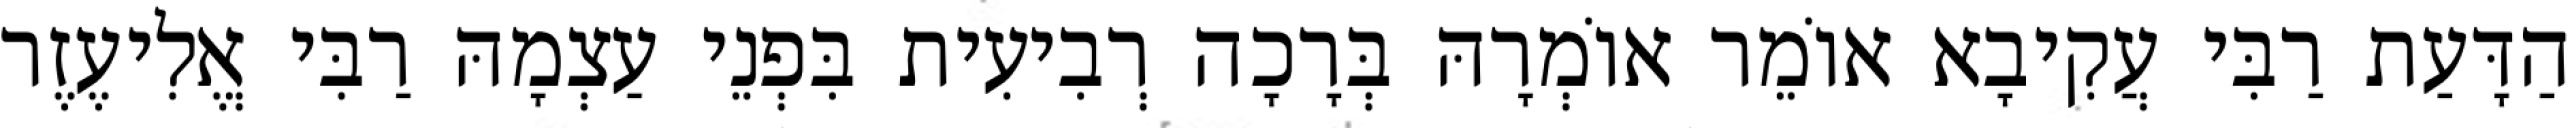
הַדָּעַת רַבִּי עֲקִיבָא אוֹמֵר אוֹמְרָהּ בְּרָכָה רְבִיעִית בִּפְנֵי עַצְמָהּ רַבִּי אֱלִיעֶזֶר